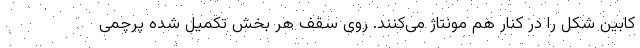
کابین شکل را در کنار هم مونتاژ می‌کنند. روی سقف هر بخش تکمیل شده پرچمی